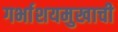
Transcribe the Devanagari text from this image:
गर्भाशयमुखाची